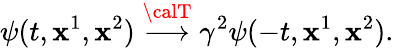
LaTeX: \psi(t,\mathbf{x}^{1},\mathbf{x}^{2})\stackrel{{\calT}}{\longrightarrow}\gamma^{2}\psi(-t,\mathbf{x}^{1},\mathbf{x}^{2}).